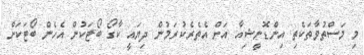
މި މަސްތުވާތަކެތި އިންޑޮނީޝިއާ އަށް އެތެރެކުރަމުން ދިޔައީ ކާގޯ ބޯޓަކުން އެހެން ބޯޓަކަށް